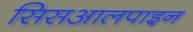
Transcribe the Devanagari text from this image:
सिसआलपाइन